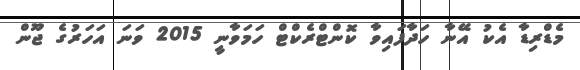
މެޑްރިޑާ އެކު އޭނާ ހަދާފައިވާ ކޮންޓްރެކްޓް ހަމަވާނީ 2015 ވަނަ އަހަރުގެ ޖޫން